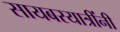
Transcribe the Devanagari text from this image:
सायबरयात्रींनी